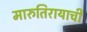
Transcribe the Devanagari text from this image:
मारुतिरायाची